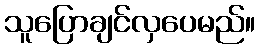
သူပြောချင်လှပေမည်။